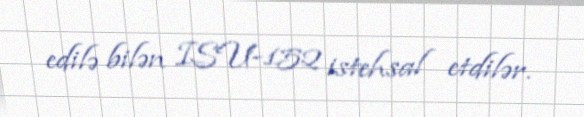
edilə bilən ISU-152 istehsal etdilər.